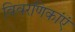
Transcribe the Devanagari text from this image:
विवरणिकांएं